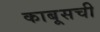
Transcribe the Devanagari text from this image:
काबूसची